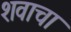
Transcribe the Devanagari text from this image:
शवाचा